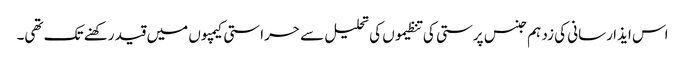
اس ایذا رسانی کی زد ہم جنس پرستی کی تنظیموں کی تحلیل سے حراستی کیمپوں میں قید رکھنے تک تھی۔